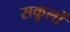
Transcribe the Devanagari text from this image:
सकूलों